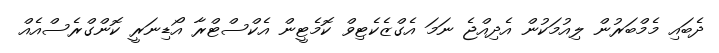
ދެބައި މެމްބަރުން ލިއުމަކުން އެދިއްޖެ ނަމަ އެގްޒެކެޓިވް ކޮމެޓީން އެކްސްޓްރާ އޯޑިނަރީ ކޮންގްރެސްއެއް